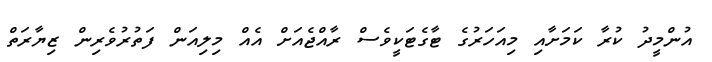
އުންމީދު ކުރާ ކަމަށާއި މިއަހަރުގެ ޓާގެޓަކީވެސް ރާއްޖެއަށް އެއް މިލިއަން ފަތުރުވެރިން ޒިޔާރަތް